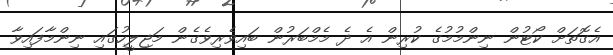
އެގޮތަށް ކޯޓުން ނިންމުމުގެ ކުރިން އެ ދެ މެމްބަރުން ބައިވެރިވެގެން މަޖިލީހުގައި ނިންމާފައިވާ